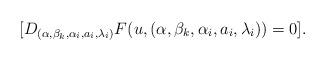
LaTeX: \begin{align*}[D_{(\alpha, \beta_{k}, \alpha_{i},a_{i}, \lambda_{i})}F(u,(\alpha, \beta_{k}, \alpha_{i},a_{i}, \lambda_{i}))=0].\end{align*}